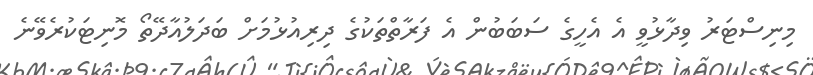
މިނިސްޓަރު ވިދާޅުވީ އެ އެހީގެ ސަބަބުން އެ ފަރާތްތަކުގެ ދިރިއުޅުމަށް ބަދަލުއާދޭތޯ މޮނިޓަކުރެވޭނެ